Report on vaccination North-West Frontier Province 1904-1922 - 1904-1922
Year: 1904
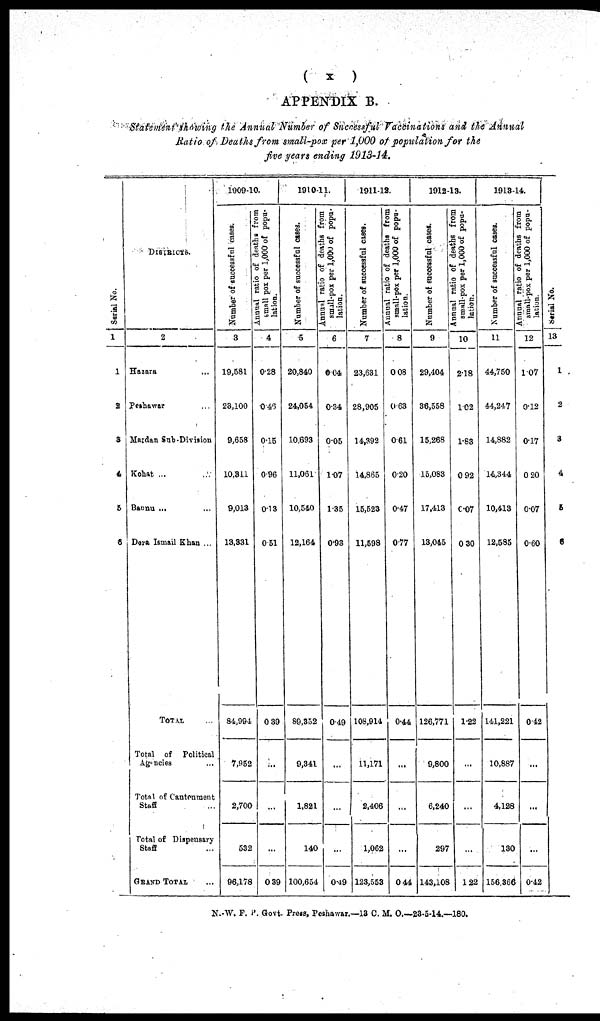
(
x
)
APPENDIX B.
Statement showing the Annual Number of Successful Vaccinations and the Annual
Ratio of Deaths from small-pox per 1,000 of population for the
five years ending 1913-14.
Serial No.
1
1
2
3
4
5
6
DISTRICTS.
2
Hazara ...
Peshawar ...
Mardan Sub-Division
Kohat ...
Bannu ...
Dera Ismail Khan ...
TOTAL ...
Total of Political
Agencies ...
Total of Cantonment
Staff ...
Total of Dispensary
Staff ...
GRAND TOTAL ...
1909-10.
Number of successful cases.
3
19,581
23,100
9,658
10,311
9,013
13,331
84,994
7,952
2,700
532
96,178
Annual ratio of deaths from
small
pox per 1,000 of popu-
lation.
4
0.28
0.46
0.15
0.96
0.13
0.51
0.39
...
...
...
0.39
1910-11.
Number of successful cases.
5
20,840
24,054
10,693
11,061
10,540
12,164
89,352
9,341
1,821
140
100,654
Annual ratio of deaths from
small-pox per 1,000 of popu-
lation.
6
0.04
0.34
0.05
1.07
1.35
0.93
0.49
...
...
...
0.49
1911-12.
Number of successful cases.
7
23,631
28,905
14,392
14,865
15,523
11,598
108,914
11,171
2,406
1,062
123,558
Annual ratio of deaths from
small-pox per 1,000 of popu-
lation.
8
0.08
0.63
0.61
0.20
0.47
0.77
0.44
...
...
...
0.44
1912-13.
Number of successful cases.
9
29,404
36,558
15,268
15,083
17,413
13,045
126,771
9,800
6,240
297
143,108
Annual ratio
of deaths from
small-pox
per 1,000 of popu¬
lation.
10
2.18
1.02
1.83
0.92
0.07
0.30
1.22
...
...
...
1.22
1913-14.
Number of successful cases.
11
44,750
44,247
14,882
14,344
10,413
12,585
141,221
10,887
4,128
130
156,366
Annual ratio of deaths from
small-pox per 1,000 of popu-
lation.
12
1.07
0.12
0.17
0.20
0.07
0.60
0.42
...
...
...
0.42
Serial No.
13
1
2
3
4
5
6
N.-W. F. P. Govt. Press. Peshawar.—13 C. M. O.—23-5-14.—180.